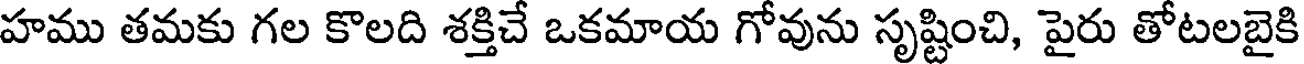
హము తమకు గల కొలది శక్తిచే ఒకమాయ గోవును సృష్టించి, పైరు తోటలబైకి